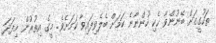
ތަހުގީގަށް ބޭނުންވާ ހެކި ހުންނާނެ ކަމަށް ބެލެވިފައިވާ ކަމަށެވެ. މީގެ އިތުރުން މިފަދަ